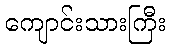
ကျောင်းသားကြီး